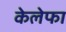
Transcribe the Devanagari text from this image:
केलेफा